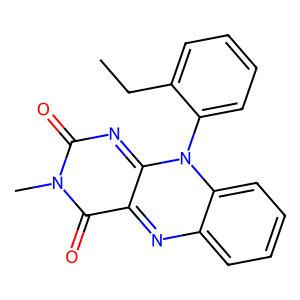
SMILES: CCc1ccccc1-n1c2nc(=O)n(C)c(=O)c-2nc2ccccc21
Inhibits HIV replication: No